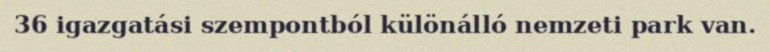
36 igazgatási szempontból különálló nemzeti park van.